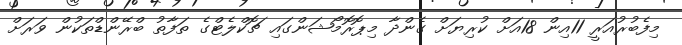
މިފެބުރުއަރީ 11އިން 18އަށް ކުރިޔަށް ގެންދާ މިޕޮރޮމޯޝަންގައި ޗޮކްލެޓްގެ ތަފާތު ބްރޭންޑްތަކުން ވަރަށް